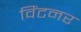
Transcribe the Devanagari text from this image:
विंटनर